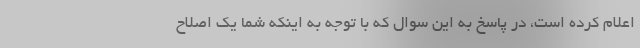
اعلام کرده است، در پاسخ به این سوال که با توجه به اینکه شما یک اصلاح